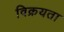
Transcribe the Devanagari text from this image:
विक्रयता